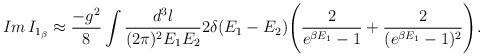
LaTeX: \begin{align*}Im\,I_{1_\beta} \approx \frac{-g^2}{8}\int\frac{d^3l}{(2\pi)^2 E_1 E_2} 2\delta(E_1-E_2) \Bigg(\frac{2}{e^{\beta E_1}-1}+\frac{2}{(e^{\beta E_1}-1)^2} \Bigg).\end{align*}